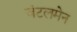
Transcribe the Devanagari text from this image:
जंटलमेन